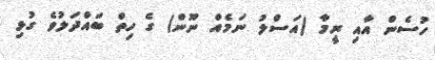
ހުސެން އާއި ރީމާ (އަސްލު ނަމެއް ނޫން) ގެ ހިތް ބައްދަލުވެ ގުޅި